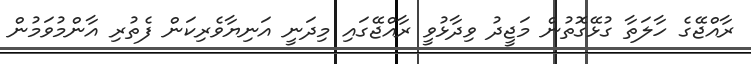
ރާއްޖޭގެ ހާލަތާ ގުޅޭގޮތުން މަޖީދު ވިދާޅުވީ ރާއްޖޭގައި މިދަނީ އަނިޔާވެރިކަން ފެތުރި އާންމުވަމުން